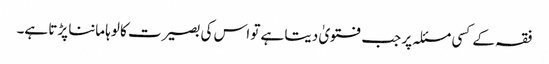
فقہ کے کسی مسئلہ پر جب فتویٰ دیتا ہے تو اس کی بصیرت کا لوہا ماننا پڑتا ہے۔